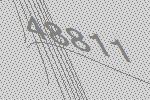
48811